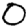
Digit: 0